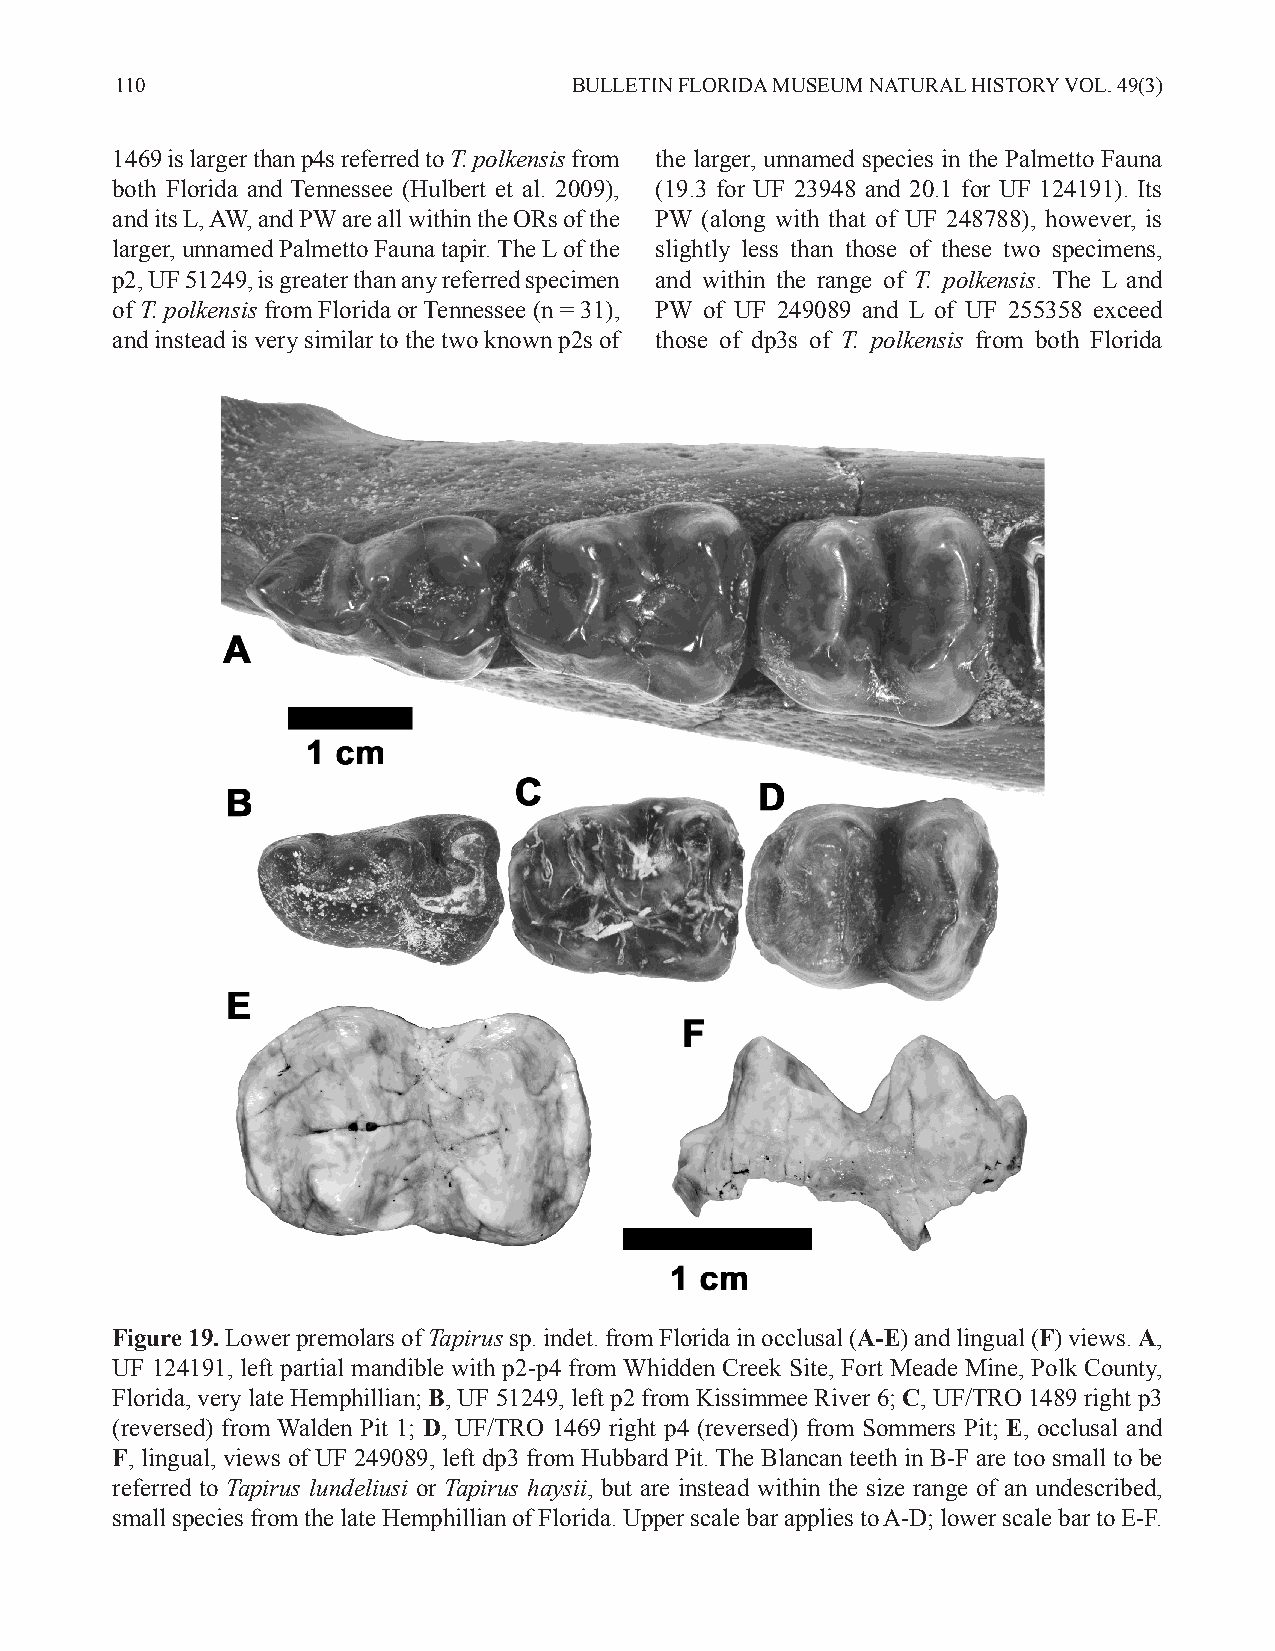
110                           BULLETIN FLORIDA MUSEUM NATURAL HISTORY VOL. 49(3)
 1469 is larger than p4s referred to T. polkensis from the larger, unnamed species in the Palmetto Fauna
 both Florida and Tennessee (Hulbert et al. 2009), (19.3 for UF 23948 and 20.1 for UF 124191). Its
 and its L, AW, and PW are all within the ORs of the PW (along with that of UF 248788), however, is
 larger, unnamed Palmetto Fauna tapir. The L of the slightly less than those of these two specimens,
 p2, UF 51249, is greater than any referred specimen and within the range of T. polkensis. The L and
 of T. polkensis from Florida or Tennessee (n = 31), PW of UF 249089 and L of UF 255358 exceed
 and instead is very similar to the two known p2s of those of dp3s of T. polkensis from both Florida
 Figure 19. Lower premolars of Tapirus sp. indet. from Florida in occlusal (A-E) and lingual (F) views. A,
 UF 124191, left partial mandible with p2-p4 from Whidden Creek Site, Fort Meade Mine, Polk County,
 Florida, very late Hemphillian; B, UF 51249, left p2 from Kissimmee River 6; C, UF/TRO 1489 right p3
 (reversed) from Walden Pit 1; D, UF/TRO 1469 right p4 (reversed) from Sommers Pit; E, occlusal and
 F, lingual, views of UF 249089, left dp3 from Hubbard Pit. The Blancan teeth in B-F are too small to be
 referred to Tapirus lundeliusi or Tapirus haysii, but are instead within the size range of an undescribed,
 small species from the late Hemphillian of Florida. Upper scale bar applies to A-D; lower scale bar to E-F.